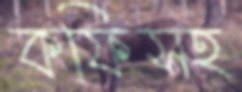
কফিসহ